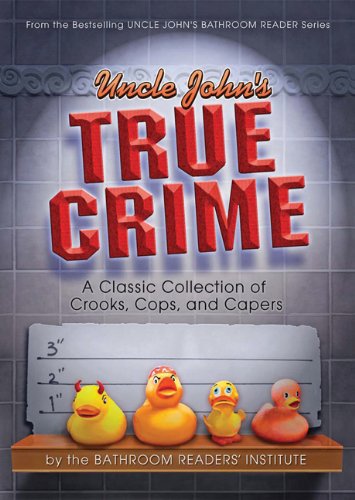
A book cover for Uncle John's True Crime: A Classic Collection of Crooks, Cops, and Capers; Bathroom Readers' Institute; Humor & Entertainment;